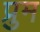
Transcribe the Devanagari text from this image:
प्रुम